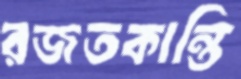
রজতকান্তি